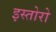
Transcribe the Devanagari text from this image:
इस्तोरो